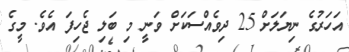
އަހަރުގެ ނިޔަލަށް 25 ދިވެއްސަކަށް ވަނީ މި ބަލި ޖެހިފަ އެވެ. މީގެ